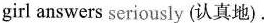
girl answers seriously (认真地).